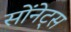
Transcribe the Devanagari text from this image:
सोंनेट्स